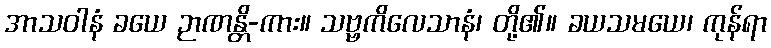
အာသဝါနံ ခယေ ဉာဏန္တိ-ကား။ သဗ္ဗကိလေသာနံ၊ တို့၏။ ခယသမယေ၊ ကုန်ရာ